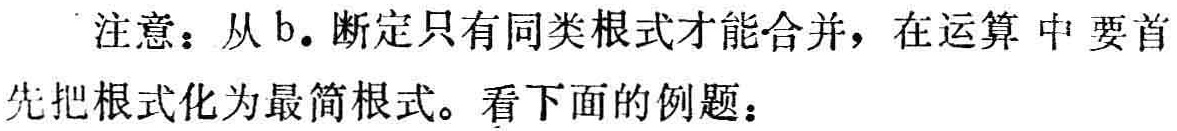
注意：从b. 断定只有同类根式才能合并，在运算中要首先把根式化为最简根式。看下面的例题：